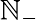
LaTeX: \mathbb{N}_{-}